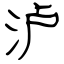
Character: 泸